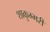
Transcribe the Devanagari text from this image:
शाकुम्भरी